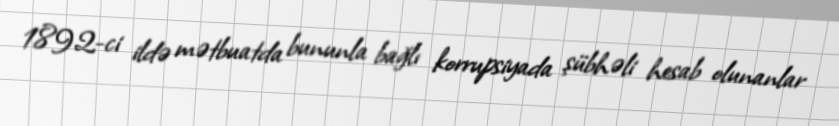
1892-ci ildə mətbuatda bununla bağlı korrupsiyada şübhəli hesab olunanlar